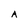
Character: A